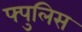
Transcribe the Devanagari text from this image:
फ्पुलिस